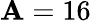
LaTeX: \mathbf{A}=16